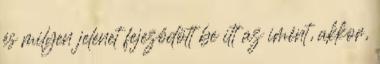
és milyen jelenet fejeződött be itt az imént, akkor,